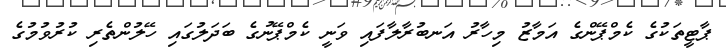
ޕާޓީތަކުގެ ކެމްޕޭންގެ އަމާޒު މިހާރު އަނބުރާލާފައި ވަނީ ކެމްޕޭނުގެ ބަދަލުގައި ހޭލުންތެރި ކުރުވުމުގެ